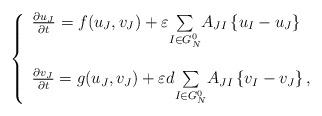
LaTeX: \begin{align*}\left\{\begin{array}[c]{l}\frac{\partial u_{J}}{\partial t}=f(u_{J},v_{J})+\varepsilon{\textstyle\sum\limits_{I\in G_{N}^{0}}}A_{JI}\left\{ u_{I}-u_{J}\right\} \\\\\frac{\partial v_{J}}{\partial t}=g(u_{J},v_{J})+\varepsilon d{\textstyle\sum\limits_{I\in G_{N}^{0}}}A_{JI}\left\{ v_{I}-v_{J}\right\} ,\end{array}\right. \end{align*}